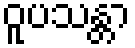
ဝူပသန္တာ